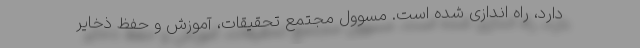
دارد، راه اندازی شده است. مسوول مجتمع تحقیقات، آموزش و حفظ ذخایر